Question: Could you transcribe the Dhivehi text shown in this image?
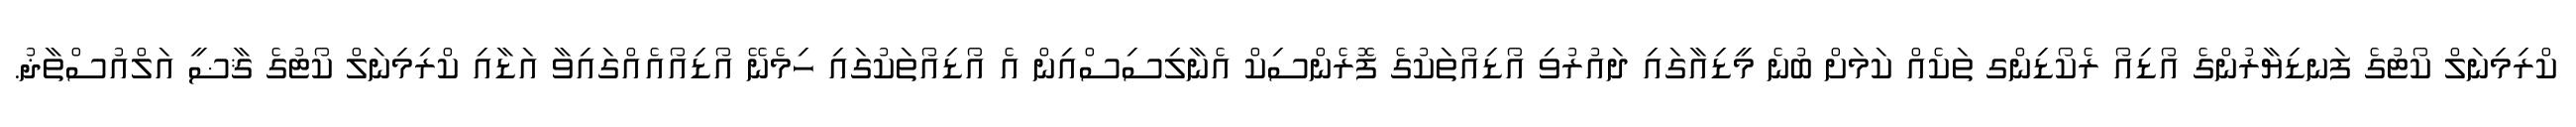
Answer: ކްރިމިނަލް ކޯޓުގެ ފަނޑިޔާރުންގެ އޯޑިއޯ ރެކޯޑިންގ ތަކެއް ކަމަށް ބުނެ މީޑިއާގައި ދައުރުވި އޯޑިއޯތަކުގެ ފޮރެންސިކް އެނާލިސިސްއިން އެ އޯޑިއޯތަކުގައި ހިމެނޭ އޯޑިއޯއެއްގައިވާ އަޑާއި ކްރިމިނަލް ކޯޓުގެ ޤާޟީ އަލްއުސްތާޛު.